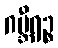
ဂမ္ဘီရဉ္စ